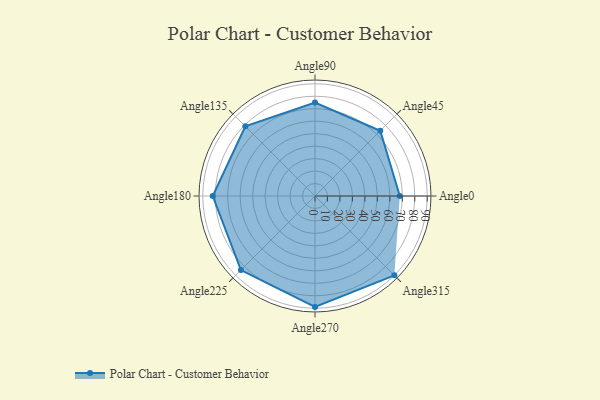
{"axis": {"x": "Angle", "y": "Radius"}, "legend": [""], "data": [{"x": "Angle0", "y": 68.0, "type": ""}, {"x": "Angle45", "y": 74.0, "type": ""}, {"x": "Angle90", "y": 75.0, "type": ""}, {"x": "Angle135", "y": 79.0, "type": ""}, {"x": "Angle180", "y": 82.0, "type": ""}, {"x": "Angle225", "y": 84.0, "type": ""}, {"x": "Angle270", "y": 89.0, "type": ""}, {"x": "Angle315", "y": 90.0, "type": ""}]}